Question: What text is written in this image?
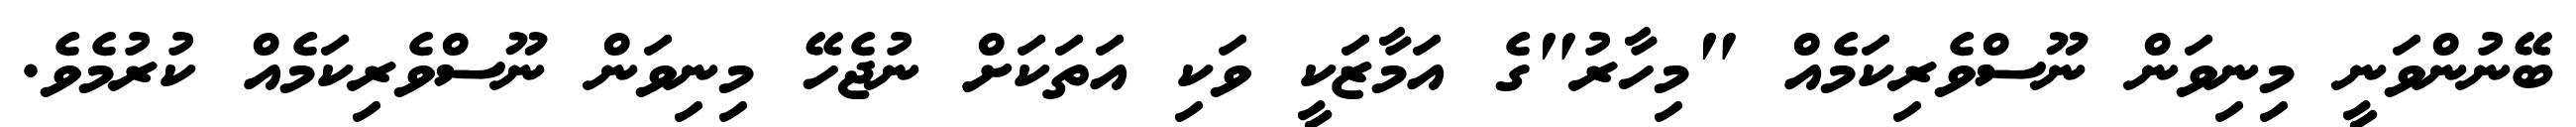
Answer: ބޭނުންވަނީ މިނިވަން ނޫސްވެރިކަމެއް "މިހާރު"ގެ އަމާޒަކީ ވަކި އަތަކަށް ނުޖެހޭ މިނިވަން ނޫސްވެރިކަމެއް ކުރުމެވެ.